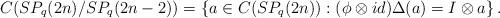
LaTeX: \begin{align*} C(SP_{q}(2n)/SP_{q}(2n-2)) = \left\{a\in C(SP_{q}(2n)) : (\phi\otimes id)\Delta(a) = I\otimes a\right\}. \end{align*}